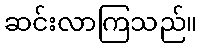
ဆင်းလာကြသည်။